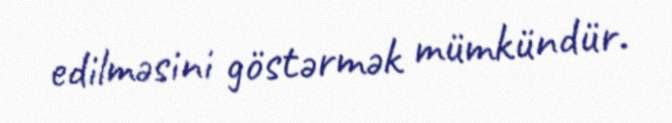
edilməsini göstərmək mümkündür.